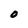
Character: O